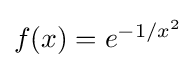
{\textstyle f(x)=e^{-1/x^{2}}}